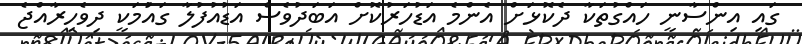
ގައި އިންސާނީ ހައްގުތަކާ ދެކޮޅަށް އެންމެ އަޑުހަރުކޮށް އަބަދުވެސް އަޑުއުފުލާ ގައުަމަކީ ދިވެހިރާއްޖެ